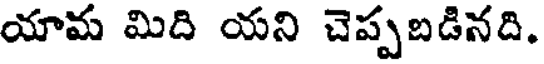
యామ మిది యని చెప్పబడినది.